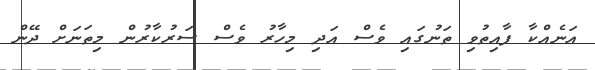
އަނެއްކާ ފާއިތުވި ތަނުގައި ވެސް އަދި މިހާރު ވެސް ސަރުކާރުން މިތަނަށް ދޭން